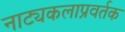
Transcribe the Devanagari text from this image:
नाट्यकलाप्रवर्तक